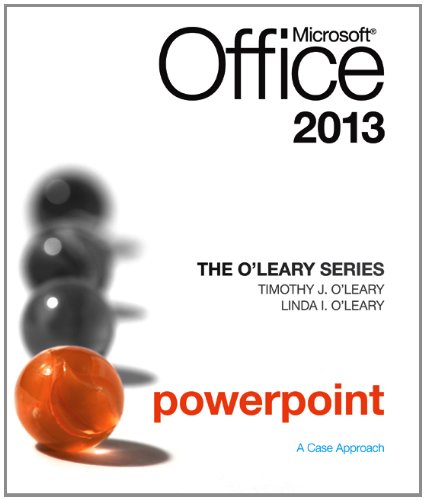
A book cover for The O'Leary Series: Microsoft Office PowerPoint 2013, Introductory; Linda O'Leary; Computers & Technology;